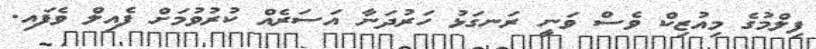
ފިލްމުގެ މިއުޒިކް ވެސް ވަނީ ރަނގަޅު ހަރުދަނާ އަސަރެއް ކުރުވުމަށް ފެއިލް ވެފައި.